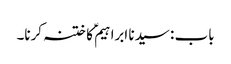
باب : سیدنا ابراہیمؑ کا ختنہ کرنا۔